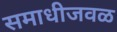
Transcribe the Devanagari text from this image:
समाधीजवळ